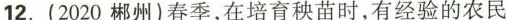
12.(2020郴州)春季，在培育秧苗时，有经验的农民